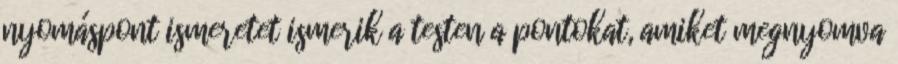
nyomáspont ismeretet ismerik a testen a pontokat, amiket megnyomva